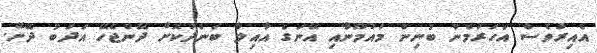
އެއިރުވެސް އަހަރުމެން ބުނިން މައުމޫނާއި އޭނަގެ އާއިލާ ބަންދުކޮށް ދޭންޖެހޭ އަދަބު ދޭށޭ.